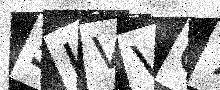
Text: 5IVVC7